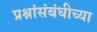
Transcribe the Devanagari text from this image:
प्रश्नांसंबंधीच्या